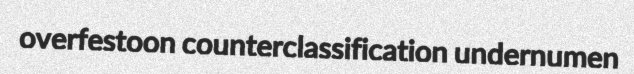
overfestoon counterclassification undernumen